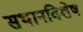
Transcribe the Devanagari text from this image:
सथानविशेष